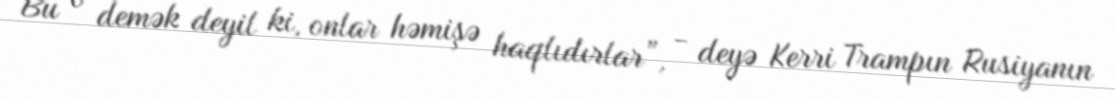
Bu o demək deyil ki, onlar həmişə haqlıdırlar”, - deyə Kerri Trampın Rusiyanın